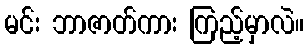
မင်း ဘာဇာတ်ကား ကြည့်မှာလဲ။